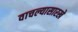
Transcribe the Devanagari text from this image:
वाचल्यासारखे